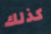
كذلك